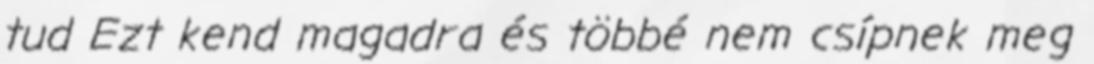
tud Ezt kend magadra és többé nem csípnek meg